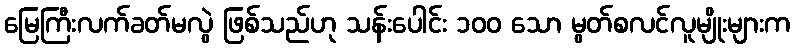
မြေကြီးလက်ခတ်မလွဲ ဖြစ်သည်ဟု သန်းပေါင်း ၁၀၀ သော မွတ်စလင်လူမျိုးများက